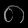
Digit: ၈